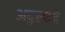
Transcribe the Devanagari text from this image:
अदुल्यदे